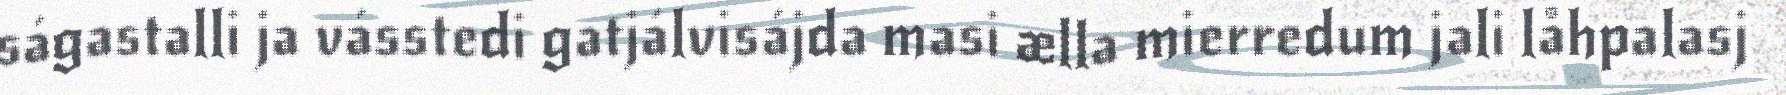
ságastalli ja vásstedi gatjálvisájda masi ælla mierredum jali låhpalasj